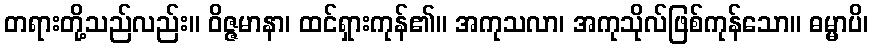
တရားတို့သည်လည်း။ ဝိဇ္ဇမာနာ၊ ထင်ရှားကုန်၏။ အကုသလာ၊ အကုသိုလ်ဖြစ်ကုန်သော။ ဓမ္မာပိ၊